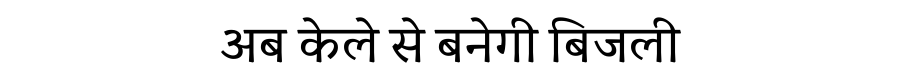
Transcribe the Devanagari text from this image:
अब केले से बनेगी बिजली